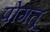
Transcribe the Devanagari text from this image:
पोंगतू